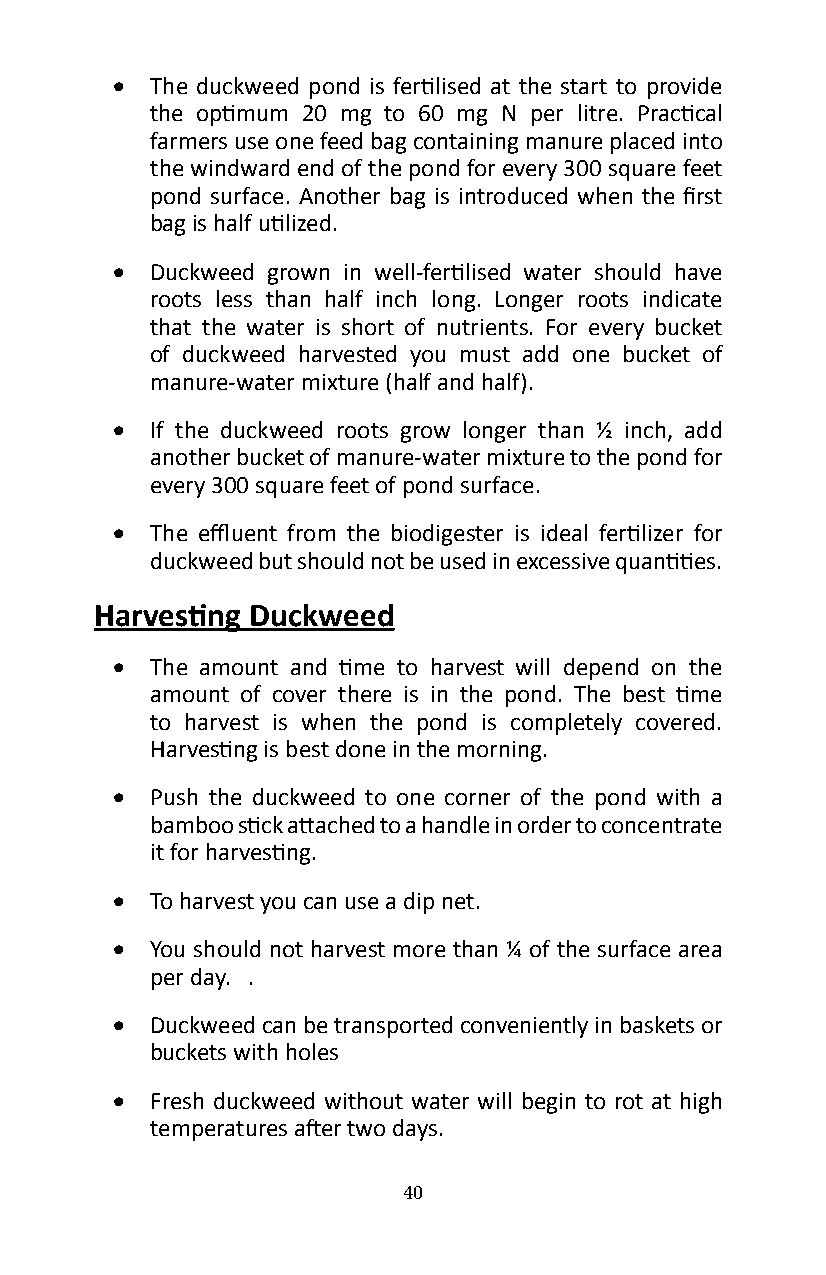
•  The duckweed pond is fertilised at the start to provide
 the optimum 20 mg to 60 mg N per litre. Practical
 farmers use one feed bag containing manure placed into
 the windward end of the pond for every 300 square feet
 pond surface. Another bag is introduced when the first
 bag is half utilized.
 •  Duckweed grown in well-fertilised water should have
 roots less than half inch long� Longer roots indicate
 that the water is short of nutrients� For every bucket
 of duckweed harvested you must add one bucket of
 manure-water mixture (half and half).
 •  If the duckweed roots grow longer than ½ inch, add
 another bucket of manure-water mixture to the pond for
 every 300 square feet of pond surface�
 •  The effluent from the biodigester is ideal fertilizer for
 duckweed but should not be used in excessive quantities.
 Harvesting Duckweed
 •  The amount and time to harvest will depend on the
 amount of cover there is in the pond. The best time
 to harvest is when the pond is completely covered�
 Harvesting is best done in the morning.
 •  Push the duckweed to one corner of the pond with a
 bamboo stick attached to a handle in order to concentrate
 it for harvesting.
 •  To harvest you can use a dip net�
 •  You should not harvest more than ¼ of the surface area
 per day� �
 •  Duckweed can be transported conveniently in baskets or
 buckets with holes
 •  Fresh duckweed without water will begin to rot at high
 temperatures after two days.
 40